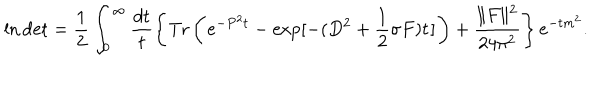
\ln \mathrm { d e t } = \frac { 1 } { 2 } \int _ { 0 } ^ { \infty } \frac { d t } { t } \left\{ \mathrm { T r } \left( \! \ e ^ { - P ^ { 2 } t } - \exp [ - ( D ^ { 2 } + \frac { 1 } { 2 } \sigma F ) t \! \ ] \! \ \right) + \frac { \| F \| ^ { 2 } } { 2 4 \pi ^ { 2 } } \right\} e ^ { - t m ^ { 2 } } .